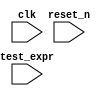
module param_test (clk, reset_n, test_expr);
    parameter severity_level = 1;
    parameter width = 32;
    parameter property_type  = 0;

    input     clk, reset_n;
    input [width-1:0] test_expr;

endmodule